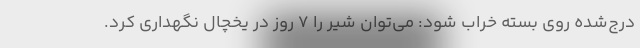
درج‌شده روی بسته خراب شود: می‌توان شیر را ۷ روز در یخچال نگهداری کرد.